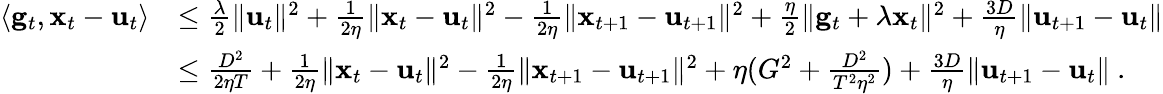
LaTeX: \begin{array}{rl}{\langle\mathbf{g}_{t},{\mathbf x}_{t}-\mathbf{u}_{t}\rangle}&{\leq\frac{\lambda}{2}\| \mathbf{u}_{t}\| ^{2}+\frac{1}{2\eta}\| {\mathbf x}_{t}-\mathbf{u}_{t}\| ^{2}-\frac{1}{2\eta}\| {\mathbf x}_{t+1}-\mathbf{u}_{t+1}\| ^{2}+\frac{\eta}{2}\| \mathbf{g}_{t}+\lambda{\mathbf x}_{t}\| ^{2}+\frac{3D}{\eta}\| \mathbf{u}_{t+1}-\mathbf{u}_{t}\| }\\ &{\leq\frac{D^{2}}{2\eta T}+\frac{1}{2\eta}\| {\mathbf x}_{t}-\mathbf{u}_{t}\| ^{2}-\frac{1}{2\eta}\| {\mathbf x}_{t+1}-\mathbf{u}_{t+1}\| ^{2}+\eta(G^{2}+\frac{D^{2}}{T^{2}\eta^{2}})+\frac{3D}{\eta}\| \mathbf{u}_{t+1}-\mathbf{u}_{t}\| ~.}\end{array}